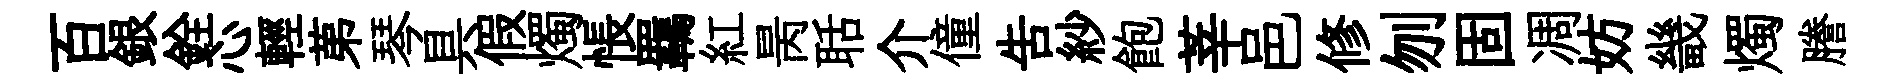
百銀銓心輕苐琴具假燭悵羈紅昺聒介僮告紗飽莘邑修刎固凋妨畿燭謄